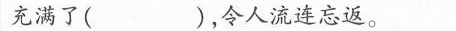
充满了( )，令人流连忘返。